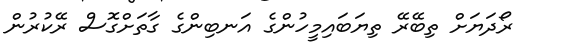
ރޯދަޔަށް ތިބޭރޭ ތިޔަބައިމީހުންގެ އަނބިންގެ ގާތަށްގޮސް ރޭކުރުން